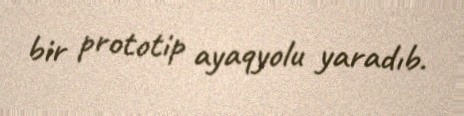
bir prototip ayaqyolu yaradıb.